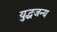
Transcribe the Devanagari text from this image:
युद्धजन्‍य